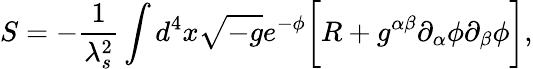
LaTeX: S=-\frac{1}{\lambda_{s}^{2}}\int d^{4}x\sqrt{-g}e^{-\phi}\biggl[R+g^{\alpha\beta}\partial_{\alpha}\phi\partial_{\beta}\phi\biggr],